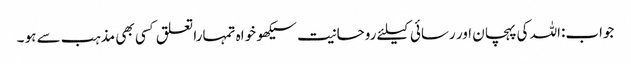
جواب:اللہ کی پہچان اور رسائی کیلئے روحانیت سیکھو خواہ تمہارا تعلق کسی بھی مذہب سے ہو ۔